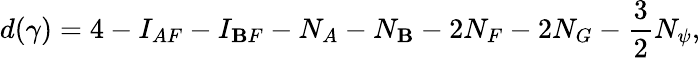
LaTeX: d(\gamma)=4-I_{AF}-I_{\mathbf{B}F}-N_{A}-N_{\mathbf{B}}-2N_{F}-2N_{G}-\frac{3}{2}N_{\psi},